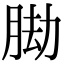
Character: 𦛕